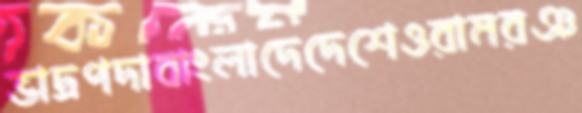
ভাদ্রপদাবাংলাদেদেশেওরামরঞ